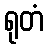
ရုတံ